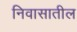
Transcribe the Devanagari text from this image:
निवासातील